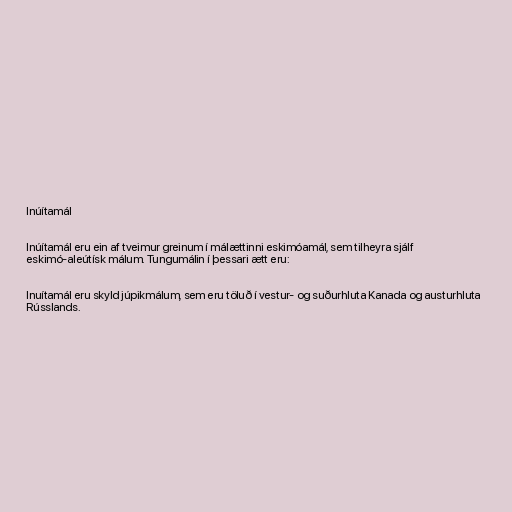
Inúítamál

Inúítamál eru ein af tveimur greinum í málættinni eskimóamál, sem tilheyra sjálf
eskimó-aleútísk málum. Tungumálin í þessari ætt eru:

Inuítamál eru skyld júpikmálum, sem eru töluð í vestur- og suðurhluta Kanada og austurhluta
Rússlands.